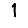
Digit: 1